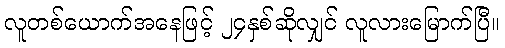
လူတစ်ယောက်အနေဖြင့် ၂၄နှစ်ဆိုလျှင် လူလားမြောက်ပြီ။